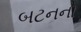
બટનનો